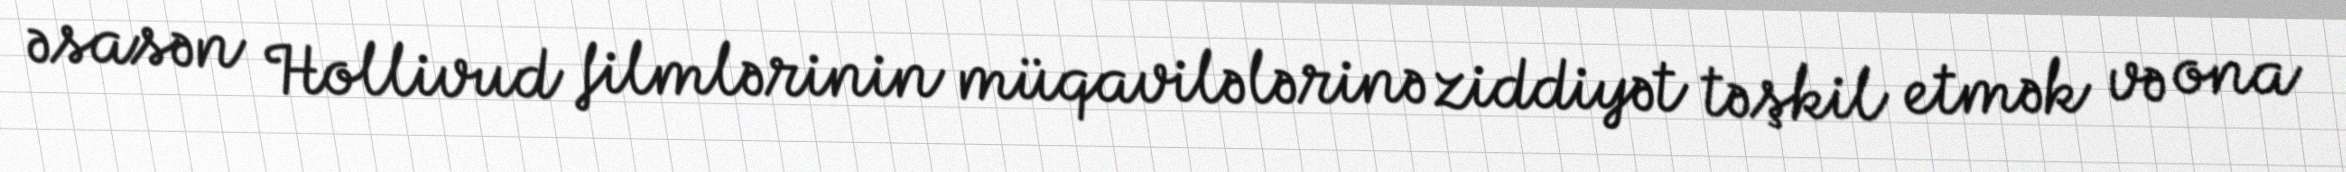
əsasən Hollivud filmlərinin müqavilələrinə ziddiyət təşkil etmək və ona